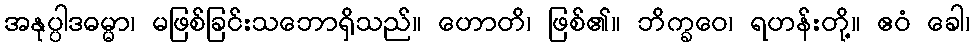
အနုပ္ပါဒဓမ္မာ၊ မဖြစ်ခြင်းသဘောရှိသည်။ ဟောတိ၊ ဖြစ်၏။ ဘိက္ခဝေ၊ ရဟန်းတို့။ ဧဝံ ခေါ၊